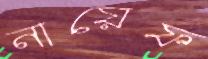
নায়েফ